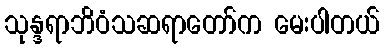
သုန္ဒရာဘိဝံသဆရာတော်က မေးပါတယ်